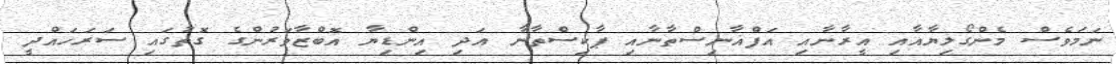
ނަމަވެސް މެންގޯލިޔާއާއި އީރާނާއި އަފްޣާނިސްތާނާއި ޕާކިސްތާނާ އަދި އިންޑިޔާ އޮބްޒާވަރުންގެ ގޮތުގައި ސަރަހައްދީ